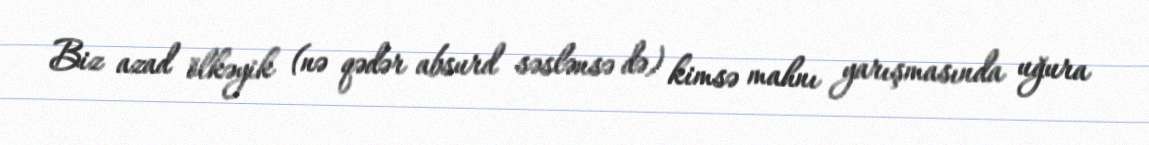
Biz azad ölkəyik (nə qədər absurd səslənsə də) kimsə mahnı yarışmasında uğura